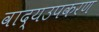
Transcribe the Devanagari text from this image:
वाद्यउपकरण